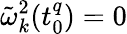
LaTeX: \tilde{\omega}_{k}^{2}(t_{0}^{q})=0